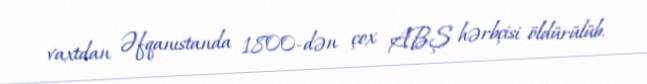
vaxtdan Əfqanıstanda 1800-dən çox ABŞ hərbçisi öldürülüb.